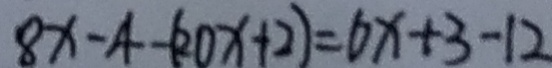
8 x - 4 - ( 2 0 x + 2 ) = 6 x + 3 - 1 2